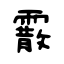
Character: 霰